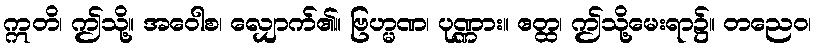
ဣတိ၊ ဤသို့။ အဝေါစ၊ လျှောက်၏။ ဗြဟ္မဏ၊ ပုဏ္ဏား။ ဧတ္ထ၊ ဤသို့မေးရာ၌။ တညေဝ၊